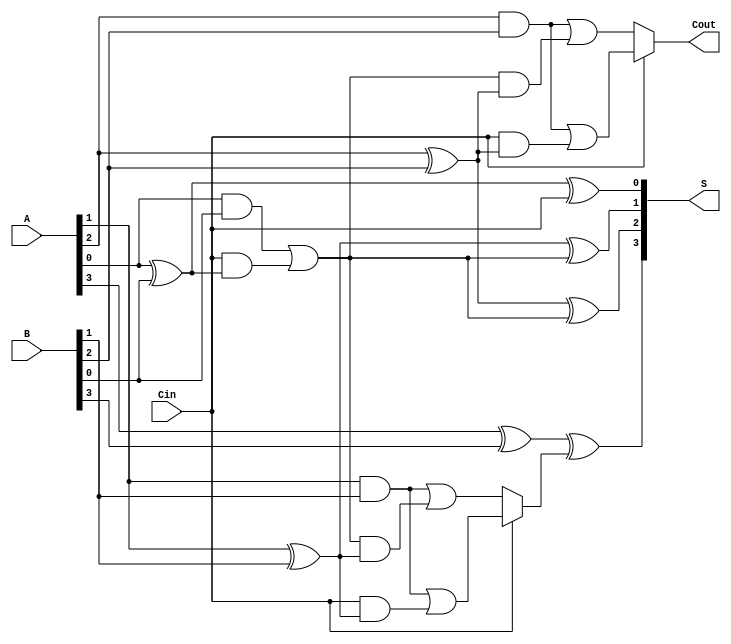
module ConditionalSumAdder #(parameter n = 4) (
    input  wire [n-1:0] A,      // First n-bit input
    input  wire [n-1:0] B,      // Second n-bit input
    input  wire Cin,             // Carry-in
    output wire [n-1:0] S,       // Sum output
    output wire Cout             // Carry-out
);

    wire [n-1:0] P;              // Partial sums
    wire [n-1:0] C0;             // Carry assuming no carry-in
    wire [n-1:0] C1;             // Carry assuming carry-in
    wire [n-1:0] C;              // Final carry signals

    // Generate partial sums and carry signals
    genvar i;
    generate
        for (i = 0; i < n; i = i + 1) begin : CSA
            // Calculate partial sum
            assign P[i] = A[i] ^ B[i] ^ (i == 0 ? Cin : C[i-1]);

            // Calculate carry signals
            assign C0[i] = (A[i] & B[i]) | ((i == 0 ? Cin : C[i-1]) & (A[i] ^ B[i]));
            assign C1[i] = (A[i] & B[i]) | (Cin & (A[i] ^ B[i]));

            // Select carry based on previous carry
            if (i > 0) begin
                assign C[i] = Cin ? C1[i-1] : C0[i-1];
            end else begin
                assign C[i] = Cin ? C1[i] : C0[i];
            end
        end
    endgenerate

    // Final sum and carry-out
    assign S = P; // The sum is directly from the partial sums
    assign Cout = C[n-1]; // Final carry-out is the last carry signal

endmodule